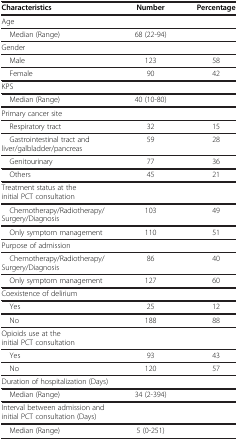
| Characteristics | Number | Percentage |
 | --- | --- | --- |
 | <COLSPAN=3> Age |
 | Median (Range) | 68 (22-94) |  |
 | <COLSPAN=3> Gender |
 | Male | 123 | 58 |
 | Female | 90 | 42 |
 | <COLSPAN=3> KPS |
 | Median (Range) | 40 (10-80) |  |
 | <COLSPAN=3> Primary cancer site |
 | Respiratory tract | 32 | 15 |
 | Gastrointestinal tract and liver/galbladder/pancreas | 59 | 28 |
 | Genitourinary | 77 | 36 |
 | Others | 45 | 21 |
 | <COLSPAN=3> Treatment status at the initial PCT consultation |
 | Chemotherapy/Radiotherapy/Surgery/Diagnosis | 103 | 49 |
 | Only symptom management | 110 | 51 |
 | <COLSPAN=3> Purpose of admission |
 | Chemotherapy/Radiotherapy/Surgery/Diagnosis | 86 | 40 |
 | Only symptom management | 127 | 60 |
 | <COLSPAN=3> Coexistence of delirium |
 | Yes | 25 | 12 |
 | No | 188 | 88 |
 | <COLSPAN=3> Opioids use at the initial PCT consultation |
 | Yes | 93 | 43 |
 | No | 120 | 57 |
 | <COLSPAN=3> Duration of hospitalization (Days) |
 | Median (Range) | 34 (2-394) |  |
 | <COLSPAN=3> Interval between admission and initial PCT consultation (Days) |
 | Median (Range) | 5 (0-251) |  |